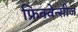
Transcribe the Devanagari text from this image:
फ्रिक्वेन्सीज